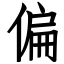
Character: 偏